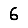
Digit: 6